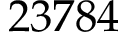
2 3 7 8 4